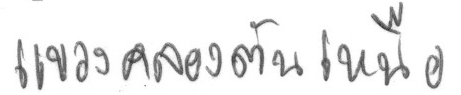
แขวงคลองตันเหนือ